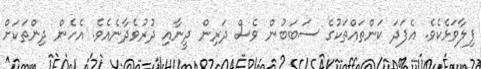
ފިލާވަޅެކެވެ. އެފަދަ ކަންތައްތަކުގެ ސަބަބުން ވެސް ދަރިން ދީނާއި ދުރުވެދާނެއެވެ. އެހެން ދިންތަކަށް